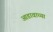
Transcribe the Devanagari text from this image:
आडावाच्या